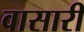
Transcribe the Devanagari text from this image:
वासारी